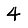
Digit: 4